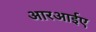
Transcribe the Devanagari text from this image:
आरआईए